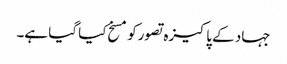
جہاد کے پاکیزہ تصورکومسخ کیا گیا ہے۔